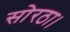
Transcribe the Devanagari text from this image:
सोरठा।